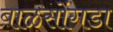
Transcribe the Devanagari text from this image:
बाळसोंगडा